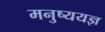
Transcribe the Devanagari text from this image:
मनुष्ययज्ञ